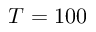
T = 1 0 0